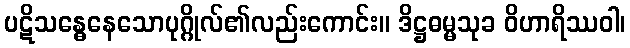
ပဋိသန္ဓေနေသောပုဂ္ဂိုလ်၏လည်းကောင်း။ ဒိဋ္ဌဓမ္မသုခ ဝိဟာရိဿဝါ၊